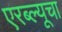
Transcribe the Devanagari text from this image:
एरब्ल्यूचा